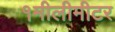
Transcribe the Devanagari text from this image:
१मीलीमीटर